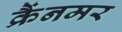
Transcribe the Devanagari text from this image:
क्रैंनमर